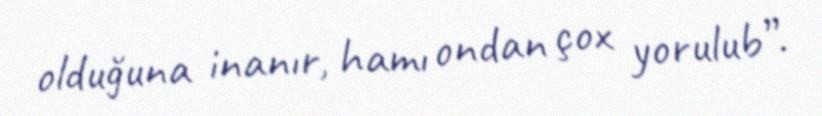
olduğuna inanır, hamı ondan çox yorulub”.